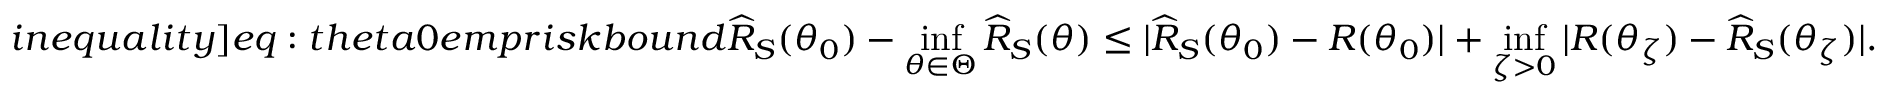
\label [ i n e q u a l i t y ] { e q : t h e t a 0 e m p r i s k b o u n d } \widehat { R } _ { S } ( \theta _ { 0 } ) - \operatorname* { i n f } _ { \theta \in \Theta } \widehat { R } _ { S } ( \theta ) \leq | \widehat { R } _ { S } ( \theta _ { 0 } ) - R ( \theta _ { 0 } ) | + \operatorname* { i n f } _ { \zeta > 0 } | R ( \theta _ { \zeta } ) - \widehat { R } _ { S } ( \theta _ { \zeta } ) | .